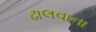
ઢાલવાના